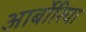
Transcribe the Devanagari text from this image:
आर्बोरिया